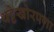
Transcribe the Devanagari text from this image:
थट्टेखोरपणा